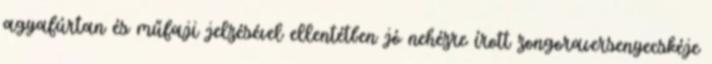
agyafúrtan és műfaji jelzésével ellentétben jó nehézre írott zongoraversenyecskéje